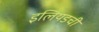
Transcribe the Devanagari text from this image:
इलियडची